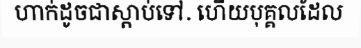
ហាក់ដូចជាស្តាប់ទៅ. ហើយបុគ្គលដែល